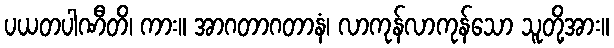
ပယတပါဏီတိ၊ ကား။ အာဂတာဂတာနံ၊ လာကုန်လာကုန်သော သူတို့အား။